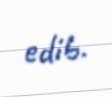
edib.